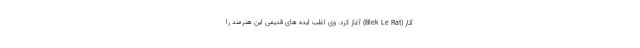
آثار (Blek Le Rat) آغاز کرد. وی اغلب ایده های قدیمی این هنرمند را